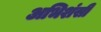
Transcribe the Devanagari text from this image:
अभिशंसी